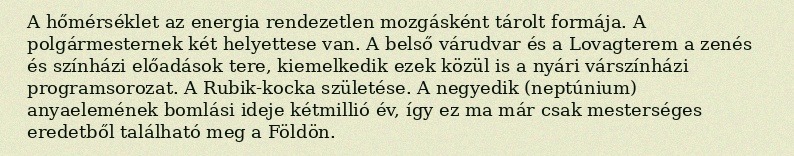
A hőmérséklet az energia rendezetlen mozgásként tárolt formája. A polgármesternek két helyettese van. A belső várudvar és a Lovagterem a zenés és színházi előadások tere, kiemelkedik ezek közül is a nyári várszínházi programsorozat. A Rubik-kocka születése. A negyedik (neptúnium) anyaelemének bomlási ideje kétmillió év, így ez ma már csak mesterséges eredetből található meg a Földön.